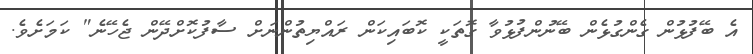
އެ ބޭފުޅުން ގެންގުޅެން ބޭނުންފުޅުވާ ގޮތަކީ ކޮބައިކަން ރައްޔިތުންނަށް ސާފުކޮށްދޭން ޖެހޭނެ" ކަމަށެވެ.